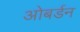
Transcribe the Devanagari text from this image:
ओबर्डन